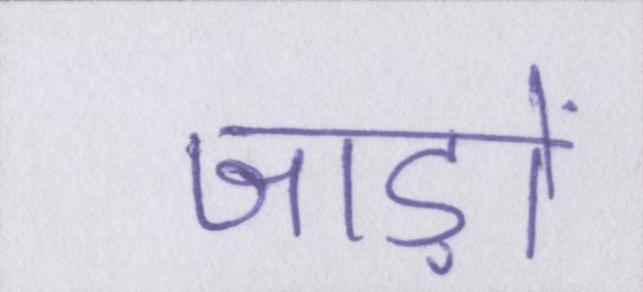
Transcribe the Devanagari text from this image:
जाड़ों